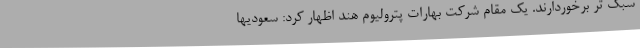
سبک تر برخوردارند. یک مقام شرکت بهارات پترولیوم هند اظهار کرد: سعودیها